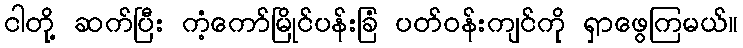
ငါတို့ ဆက်ပြီး ကံ့ကော်မြိုင်ပန်းခြံ ပတ်ဝန်းကျင်ကို ရှာဖွေကြမယ်။